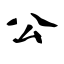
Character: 公